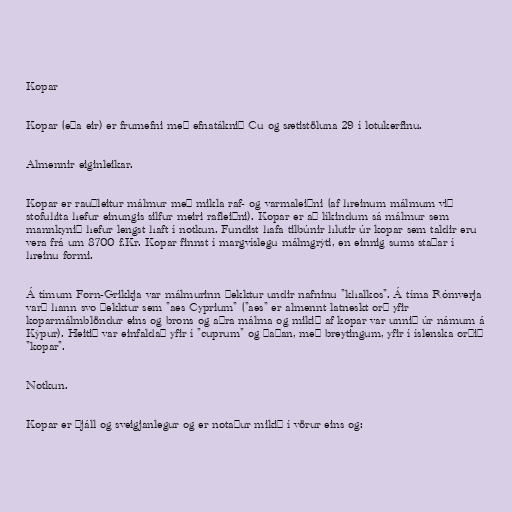
Kopar

Kopar (eða eir) er frumefni með efnatáknið Cu og sætistöluna 29 í lotukerfinu.

Almennir eiginleikar.

Kopar er rauðleitur málmur með mikla raf- og varmaleiðni (af hreinum málmum við
stofuhita hefur einungis silfur meiri rafleiðni). Kopar er að líkindum sá málmur sem
mannkynið hefur lengst haft í notkun. Fundist hafa tilbúnir hlutir úr kopar sem taldir eru
vera frá um 8700 f.Kr. Kopar finnst í margvíslegu málmgrýti, en einnig sums staðar í
hreinu formi.

Á tímum Forn-Grikkja var málmurinn þekktur undir nafninu "khalkos". Á tíma Rómverja
varð hann svo þekktur sem "aes Cyprium" ("aes" er almennt latneskt orð yfir
koparmálmblöndur eins og brons og aðra málma og mikið af kopar var unnið úr námum á
Kýpur). Heitið var einfaldað yfir í "cuprum" og þaðan, með breytingum, yfir í íslenska orðið
"kopar".

Notkun.

Kopar er þjáll og sveigjanlegur og er notaður mikið í vörur eins og: